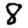
Digit: 8